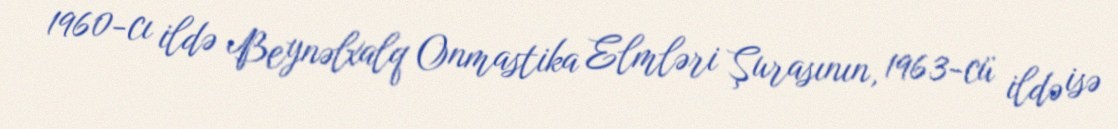
1960-cı ildə Beynəlxalq Onmastika Elmləri Şurasının, 1963-cü ildə isə